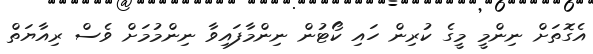
އެގޮތަށް ނިންމީ މީގެ ކުރިން ހައި ކޯޓުން ނިންމާފައިވާ ނިންމުމަށް ވެސް ރިއާޔަތް